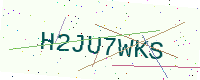
Text: H2JU7WKS